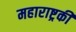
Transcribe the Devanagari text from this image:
महाराष्ट्रकी